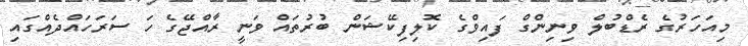
މިއަހަރުގެ ރެޑްބުލް ވިނިންގް ފައިވްގެ ކޮލިފިކޭޝަން ބުރުތައް ވަނީ ރާއްޖޭގެ ހަ ސަރަހައްދެއްގައި